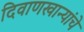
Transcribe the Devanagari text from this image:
दिवाणखान्यांचे